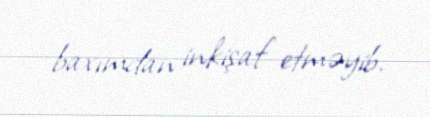
baxımdan inkişaf etməyib.